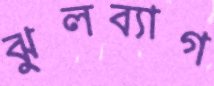
ঝুলব্যাগ